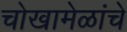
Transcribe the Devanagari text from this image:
चोखामेळांचे